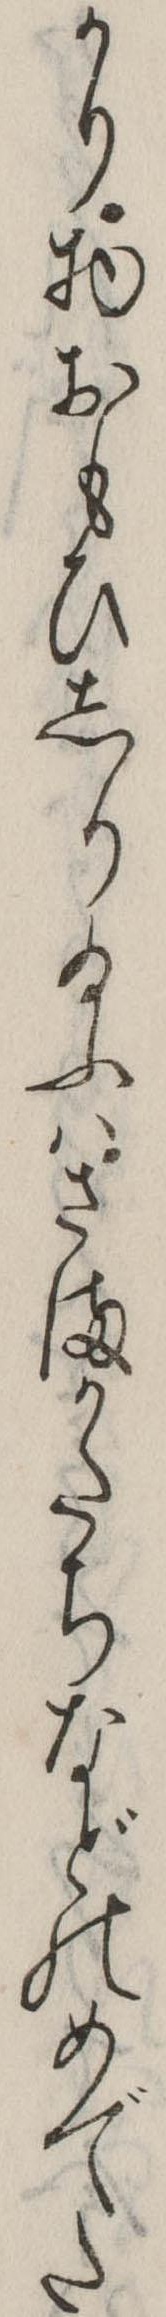
かり物おもひしり給ふはさまかたちなどのめでた